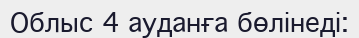
Облыс 4 ауданға бөлінеді: